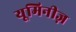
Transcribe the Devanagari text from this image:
यूमिनीज़